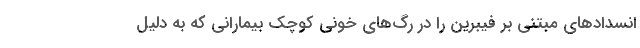
انسدادهای مبتنی بر فیبرین را در رگ‌های خونی کوچک بیمارانی که به دلیل